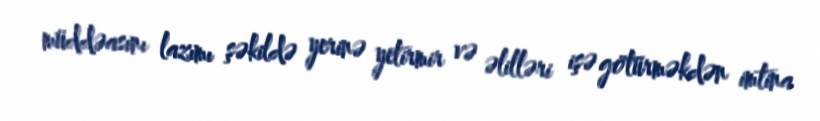
müddəasını lazımı şəkildə yerinə yetirmir və əlilləri işə götürməkdən imtina